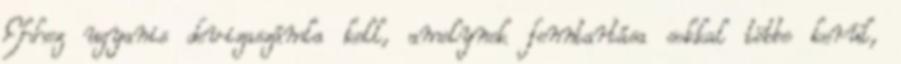
Ehhez ugyanis devizaszámla kell, amelynek fenntartása sokkal többe kerül,